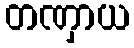
တဏှာယ